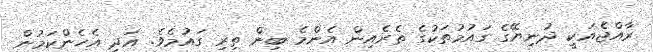
ރާއްޖެއަކީ ދުނިޔޭގެ ގައުމުތަކުގެ ތެރެއިން އެންމެ ބިން ތިރި ގައުމެވެ. އަދި އެހެންކަމުން